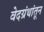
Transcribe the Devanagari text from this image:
वेदग्रंथांतून